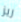
ريز